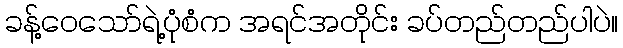
ခန့်ဝေသော်ရဲ့ပုံစံက အရင်အတိုင်း ခပ်တည်တည်ပါပဲ။